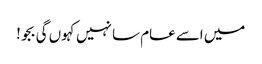
میں اسے عام سا نہیں کہوں گی بجو!